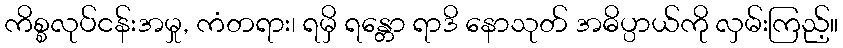
ကိစ္စလုပ်ငန်းအမှု, ကံတရား၊ ရမှိ ရန္တော ရာဒိ နောသုတ် အဓိပ္ပာယ်ကို လှမ်းကြည့်။